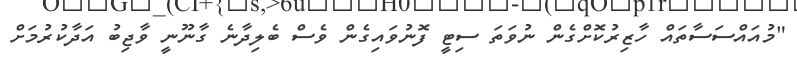
"މުއައްސަސާތައް ހާޒިރުކޮށްގެން ނުވަތަ ސިޓީ ފޮނުވައިގެން ވެސް ބެލިދާނެ ގާނޫނީ ވާޖިބު އަދާކުރުމަށް